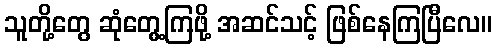
သူတို့တွေ ဆုံတွေ့ကြဖို့ အဆင်သင့် ဖြစ်နေကြပြီလေ။